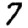
Digit: 7